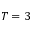
T = 3